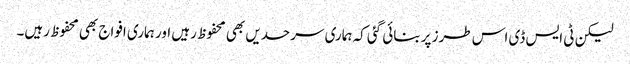
لیکن ٹی ایس ڈی اس طرز پر بنائی گئی کہ ہماری سرحدیں بھی محفوظ رہیں اور ہماری افواج بھی محفوظ رہیں۔